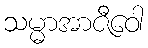
သမ္မာအာဇီဝေါ